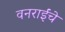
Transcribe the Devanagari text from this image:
वनराईंचे